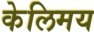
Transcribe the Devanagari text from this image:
केलिमय